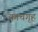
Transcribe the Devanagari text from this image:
काचगृह